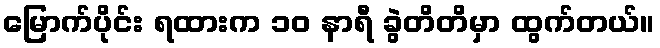
မြောက်ပိုင်း ရထားက ၁၀ နာရီ ခွဲတိတိမှာ ထွက်တယ်။